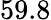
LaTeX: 59.8